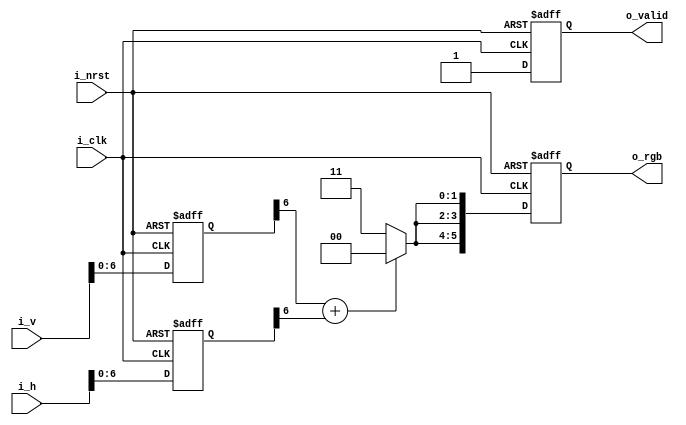
module vga_testgen(	
   input    wire                    i_clk,
   input    wire                    i_nrst,
   input    wire  [V_WIDTH-1:0]     i_v,
   input    wire  [H_WIDTH-1:0]     i_h,
   output   reg                     o_valid,
   output   reg   [RGB_WIDTH-1:0]   o_rgb         	
);

   parameter   V_WIDTH     = 10;
   parameter   H_WIDTH     = 8;
   parameter   R_WIDTH     = 2;
   parameter   G_WIDTH     = 2;
   parameter   B_WIDTH     = 2;
   parameter   RGB_WIDTH   = R_WIDTH + G_WIDTH + B_WIDTH; 

   // Input
   reg   [V_WIDTH-1:0]  v;
   reg   [H_WIDTH-1:0]  h;

   // Compute
   wire                 check;
   wire  [R_WIDTH-1:0]  r_next;
   wire  [G_WIDTH-1:0]  g_next;
   wire  [B_WIDTH-1:0]  b_next;

   //////////////////////////////////////////////////////////
   // Input
   always@(posedge i_clk or negedge i_nrst) begin
      if(!i_nrst) begin
         v <= 'd0;
         h <= 'd0;      
      end else begin
         v <= i_v;
         h <= i_h;
      end 
	end
  
   ////////////////////////////////////////////////////////////
   // Compute next
   assign check = |(v[6] + h[6]);

   assign r_next = (check) ? 2'b00 : 2'b11;
   assign g_next = r_next;
   assign b_next = r_next;

   always@(posedge i_clk or negedge i_nrst) begin
		if(!i_nrst) o_rgb    <= 'd0;
      else        o_rgb    <= {r_next, g_next, b_next}; 
	end
 
   always@(posedge i_clk or negedge i_nrst) begin
		if(!i_nrst) o_valid  <= 'd0;
      else        o_valid  <= 'd1; 
	end
     

endmodule